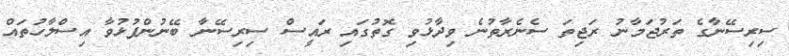
ސިރިސޭނާގެ ތަރުޖަމާނު ރަޖިތަ ސެނެރާތުނެ ވިދާޅުވި ގޮތުގައި ރައީސް ސިރިސޭނާ ބޭނުންފުޅުވާ އިސްލާހުތައް